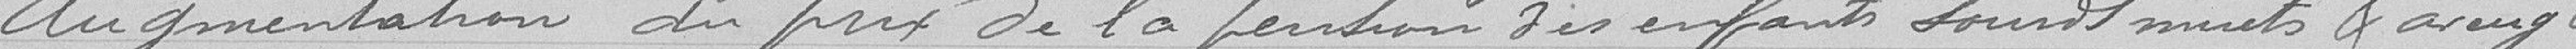
Augmentation du prix de la pension des enfants sourds muets et aveugles